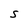
Character: S